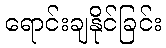
ရောင်းချနိုင်ခြင်း